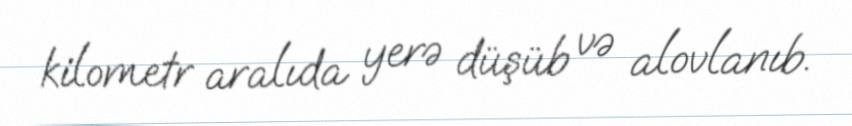
kilometr aralıda yerə düşüb və alovlanıb.